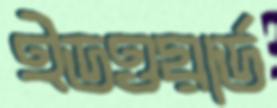
ইডওয়ার্ড